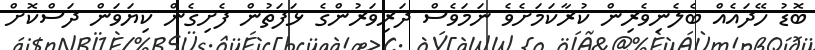
ބޮޑު ހޭދައެއް ބެލެނިވެރިން ކުރާކަމަށެވެ ނަމަވެސް ދަރިވަރުންގެ ޅަފަތުން ފެށިގެން ކިޔަވަން ދަސްކޮށް